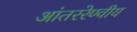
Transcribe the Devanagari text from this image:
आंतररेण्वीय